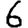
Digit: 6